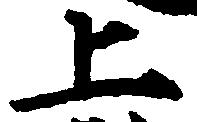
上